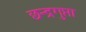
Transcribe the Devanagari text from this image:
छन्द्रगुप्ता